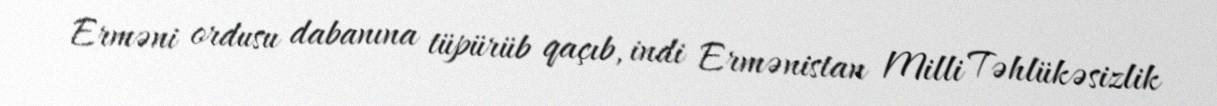
Erməni ordusu dabanına tüpürüb qaçıb, indi Ermənistan Milli Təhlükəsizlik